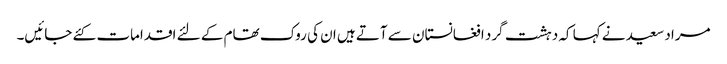
مراد سعید نے کہا کہ دہشت گرد افغانستان سے آتے ہیں ان کی روک تھام کے لئے اقدامات کئے جائیں۔